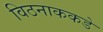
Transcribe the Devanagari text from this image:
विठनाककडे